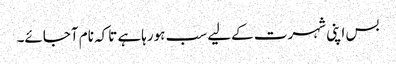
بس اپنی شہرت کےلیے سب ہورہاہے تاکہ نام آجائے۔